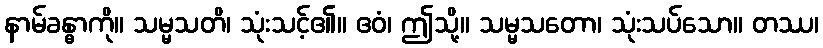
နာမ်ခန္ဓာကို။ သမ္မသတိ၊ သုံးသင့်၏။ ဧဝံ၊ ဤသို့။ သမ္မသတော၊ သုံးသပ်သော။ တဿ၊